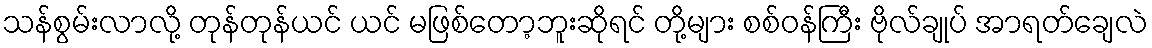
သန်စွမ်းလာလို့ တုန်တုန်ယင် ယင် မဖြစ်တော့ဘူးဆိုရင် တို့များ စစ်ဝန်ကြီး ဗိုလ်ချုပ် အာရတ်ချေလဲ